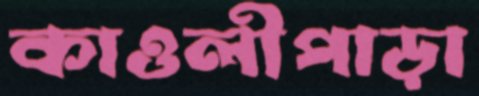
কাওলীপাড়া